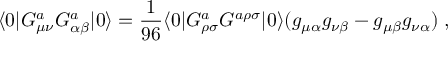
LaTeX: \langle 0 | G _ { \mu \nu } ^ { a } G _ { \alpha \beta } ^ { a } | 0 \rangle = { \frac { 1 } { 9 6 } } \langle 0 | G _ { \rho \sigma } ^ { a } G ^ { a \rho \sigma } | 0 \rangle ( g _ { \mu \alpha } g _ { \nu \beta } - g _ { \mu \beta } g _ { \nu \alpha } ) \; ,